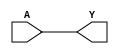
module single_variable_kmap (
    input wire A,      // Single binary input variable
    output wire Y      // Output based on K-map logic
);

// K-map logic implementation
assign Y = A;          // Direct mapping: if A = 1, Y = 1; if A = 0, Y = 0

endmodule